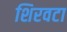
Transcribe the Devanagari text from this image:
शिरवटा